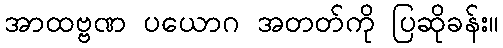
အာထဗ္ဗဏ ပယောဂ အတတ်ကို ပြဆိုခန်း။